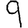
Digit: 9